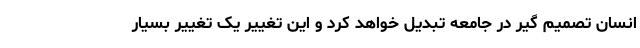
انسان تصمیم گیر در جامعه تبدیل خواهد کرد و این تغییر یک تغییر بسیار